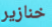
خنازير